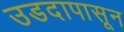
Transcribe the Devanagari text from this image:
उडदापासून